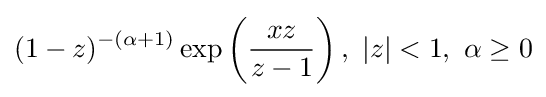
(1-z)^{-(\alpha +1)}\exp \left({\frac {xz}{z-1}}\right),\ |z|<1,\ \alpha \geq 0